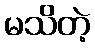
မသိတဲ့